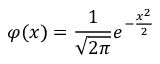
\varphi ( x ) = { \frac { 1 } { \sqrt { 2 \pi } } } e ^ { - { \frac { x ^ { 2 } } { 2 } } }